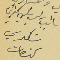
نائِب رئىس بلدية كفرشيما شكري كنعان